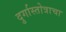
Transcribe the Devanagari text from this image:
दुर्गास्तोत्राचा